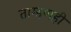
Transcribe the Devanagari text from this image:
ताम्हणही